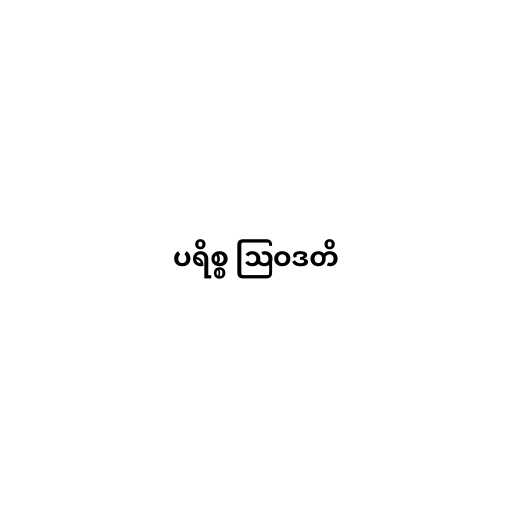
ပရိစ္စ ဩဝဒတိ